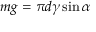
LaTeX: \, m g = \pi d \gamma \sin \alpha